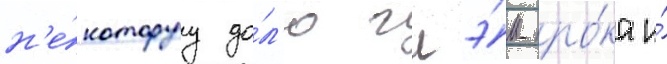
н'е́которуу до́л'ю глэ́м-ро́ка и́